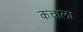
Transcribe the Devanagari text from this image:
कचाला